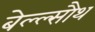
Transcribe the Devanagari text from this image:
बेल्ल्सौथ